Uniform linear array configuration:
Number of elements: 32
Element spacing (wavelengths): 1
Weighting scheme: cosine
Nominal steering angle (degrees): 0
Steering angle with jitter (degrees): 1.397
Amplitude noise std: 0.05
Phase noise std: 0.05

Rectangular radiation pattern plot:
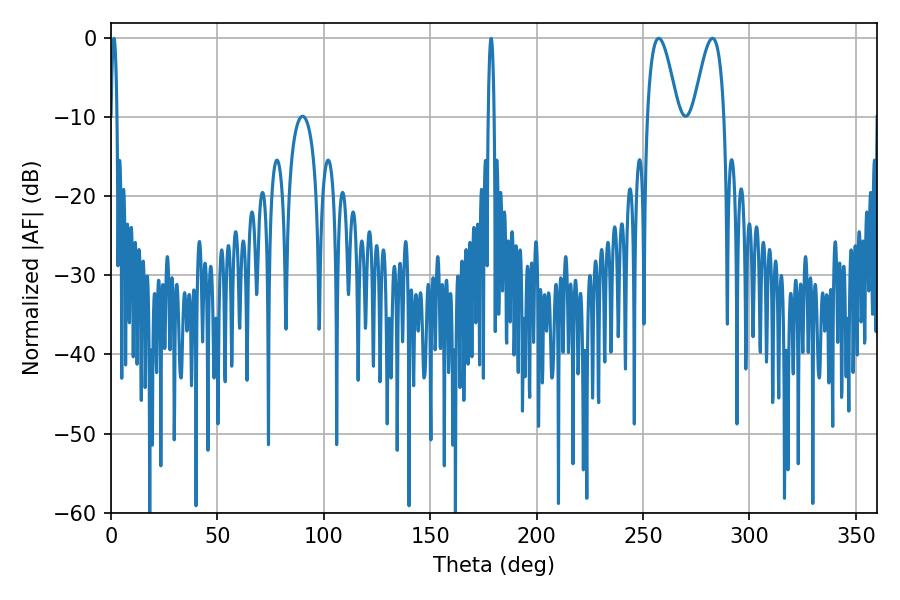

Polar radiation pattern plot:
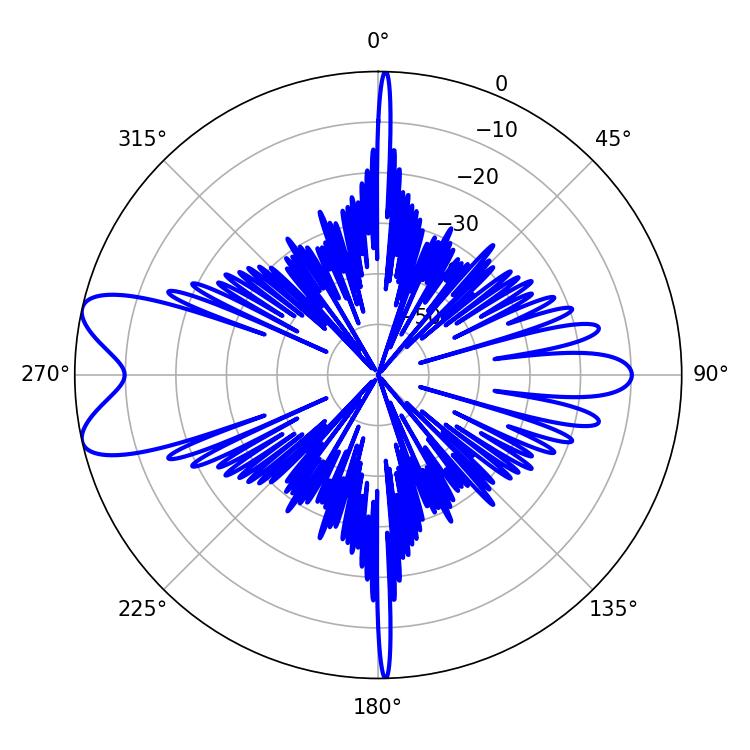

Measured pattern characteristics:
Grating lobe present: TRUE
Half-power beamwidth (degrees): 7.74
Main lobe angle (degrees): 257.4